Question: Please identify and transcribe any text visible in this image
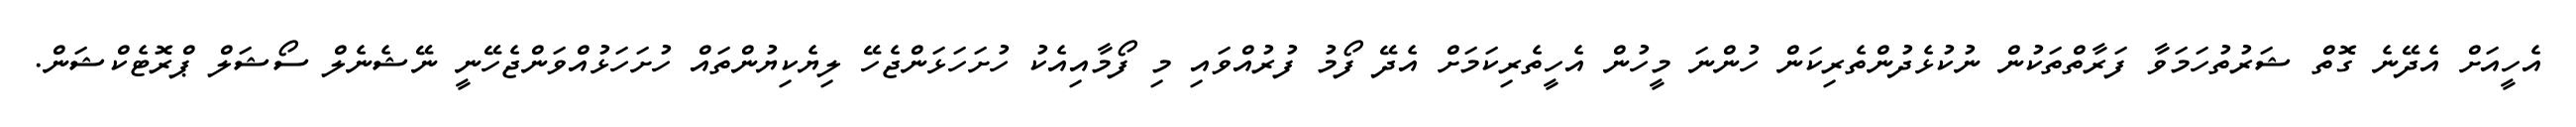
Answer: އެހީއަށް އެދޭނެ ގޮތް ޝަރުތުހަމަވާ ފަރާތްތަކުން ނުކުޅެދުންތެރިކަން ހުންނަ މީހުން އެހީތެރިކަމަށް އެދޭ ފޯމު ފުރުއްވައި މި ފޯމާއިއެކު ހުށަހަޅަންޖެހޭ ލިޔެކިޔުންތައް ހުށަހަޅުއްވަންޖެހޭނީ ނޭޝެނެލް ސޯޝަލް ޕްރޮޓެކްޝަން.